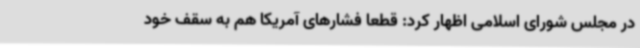
در مجلس شورای اسلامی اظهار کرد: قطعا فشارهای آمریکا هم به سقف خود